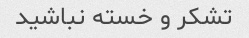
تشکر و خسته نباشید